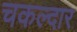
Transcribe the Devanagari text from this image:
चकल्दार